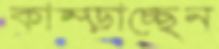
কাম্‌ড়াচ্ছেন